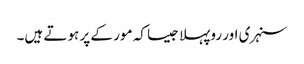
سنہری اور روپہلا جیسا کہ مور کے پر ہوتے ہیں۔